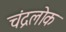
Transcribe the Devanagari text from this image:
चंद्रलोक